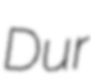
Dur